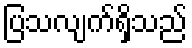
ပြသလျက်ရှိသည်